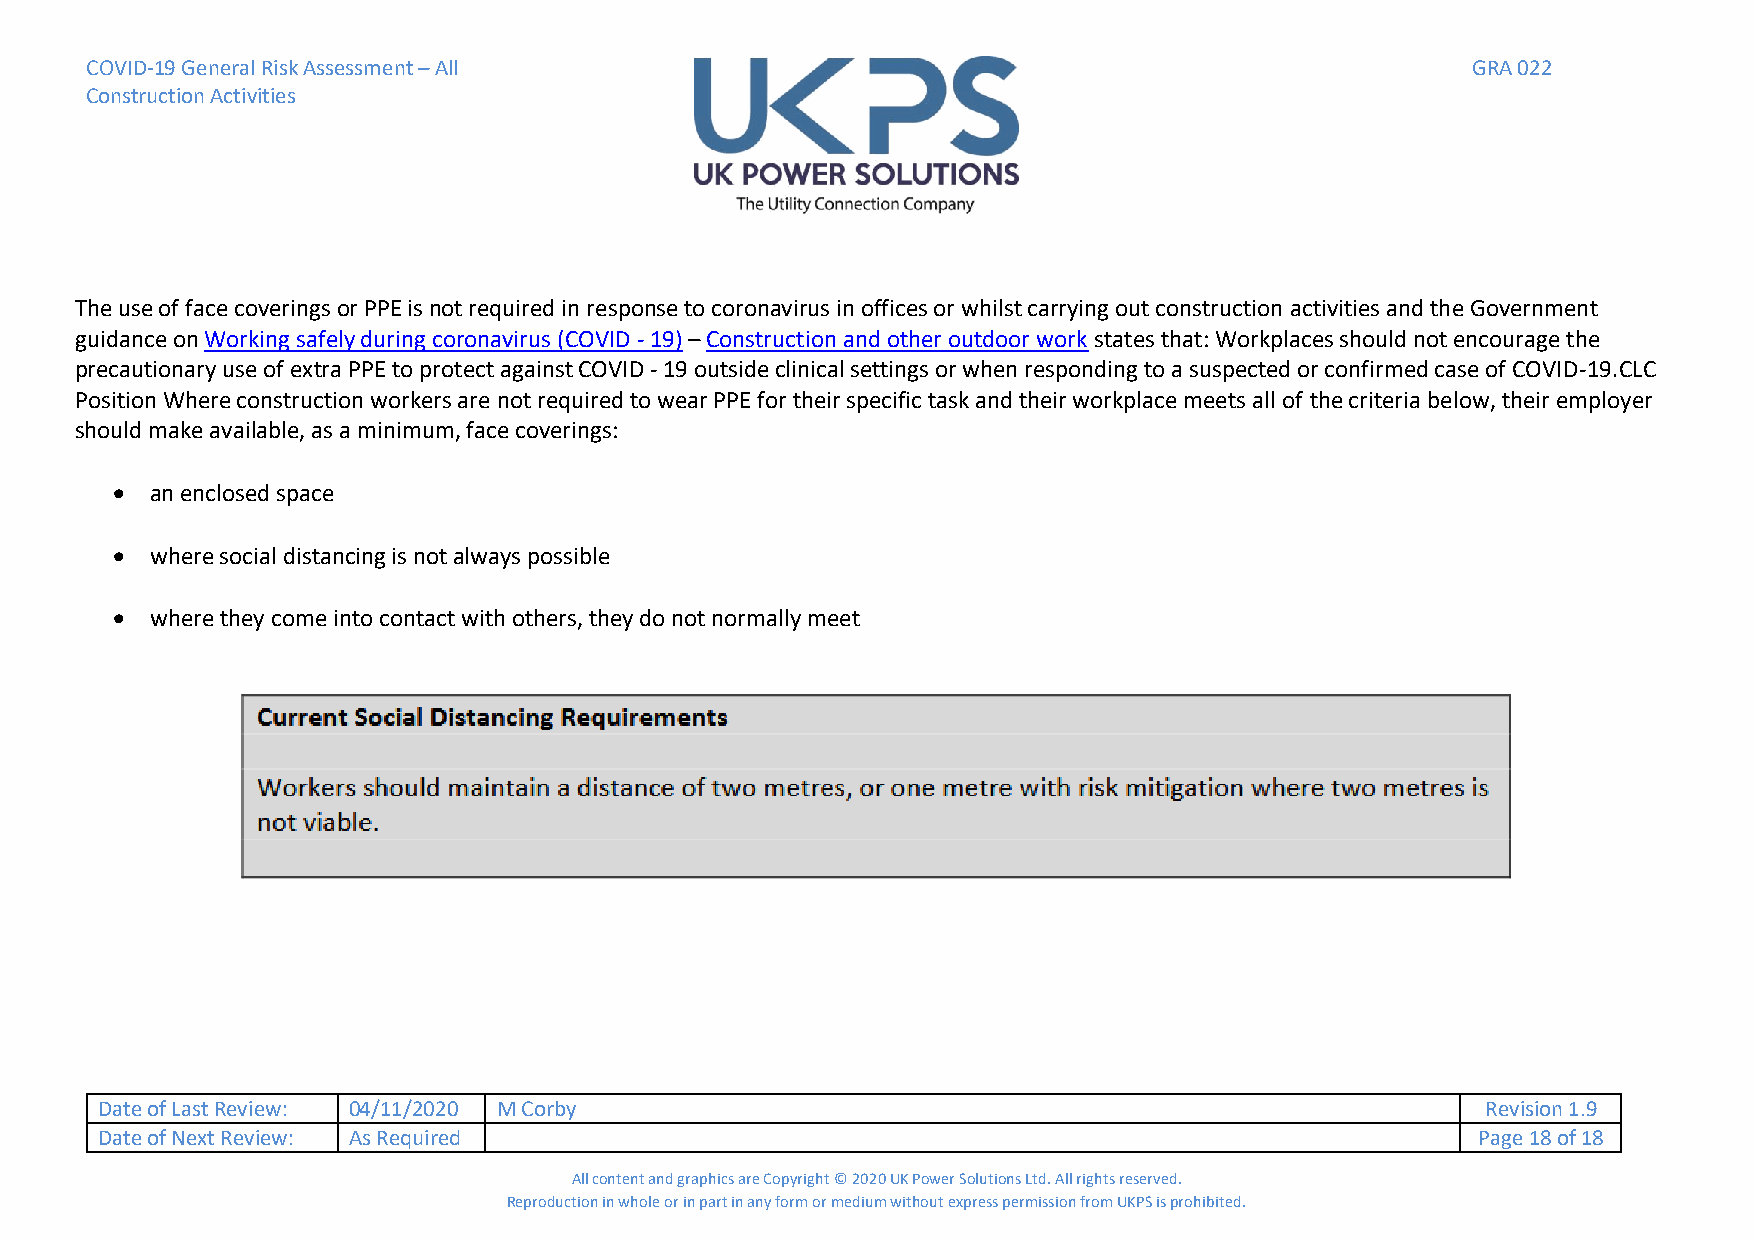
COVID-19 General Risk Assessment – All                                                     GRA 022
 Construction Activities
 The use of face coverings or PPE is not required in response to coronavirus in offices or whilst carrying out construction activities and the Government
 guidance on Working safely during coronavirus (COVID - 19) – Construction and other outdoor work states that: Workplaces should not encourage the
 precautionary use of extra PPE to protect against COVID - 19 outside clinical settings or when responding to a suspected or confirmed case of COVID-19.CLC
 Position Where construction workers are not required to wear PPE for their specific task and their workplace meets all of the criteria below, their employer
 should make available, as a minimum, face coverings:
 •  an enclosed space
 •  where social distancing is not always possible
 •  where they come into contact with others, they do not normally meet
 Date of Last Review: 04/11/2020 M Corby                                                     Revision 1.9
 Date of Next Review: As Required                                                            Page 18 of 18
 All content and graphics are Copyright © 2020 UK Power Solutions Ltd. All rights reserved.
 Reproduction in whole or in part in any form or medium without express permission from UKPS is prohibited.